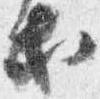
等